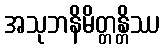
အသုဘနိမိတ္တန္တိဿ